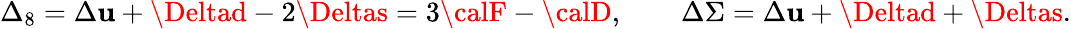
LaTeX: \Delta_{8}=\Delta\mathbf{u}+\Deltad-2\Deltas=3{\calF}-{\calD},\qquad\Delta\Sigma=\Delta\mathbf{u}+\Deltad+\Deltas.